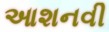
આશનવી